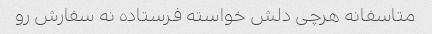
متاسفانه هرچی دلش خواسته فرستاده نه سفارش رو